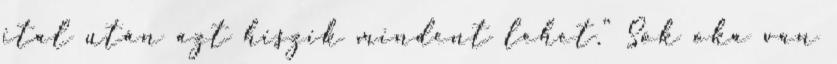
ital után azt hiszik mindent lehet.“ Sok oka van